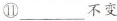
⑪___不变